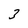
Character: 3